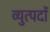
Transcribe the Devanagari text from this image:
व्युत्पदों